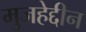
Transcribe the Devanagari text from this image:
मुजहेद्दीन